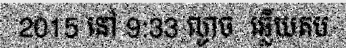
2015 នៅ 9:33 ល្ងាច  ឆ្លើយតប